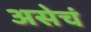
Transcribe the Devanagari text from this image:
असेचं